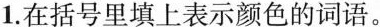
1.在括号里填上表示颜色的词语。